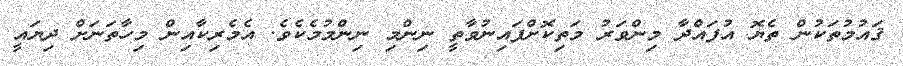
ޤައުމުތަކުން ތެޔޮ އުފައްދާ މިންވަރު މަތިކޮށްފައިނުވާތީ ނިންމި ނިންމުމެކެވެ. އެމެރިކާއިން މިހާތަނަށް ދިޔައީ